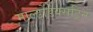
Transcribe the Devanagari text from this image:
माल्टोडेक्सट्रिन